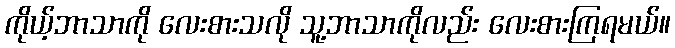
ကိုယ့်ဘာသာကို လေးစားသလို သူ့ဘာသာကိုလည်း လေးစားကြရမယ်။